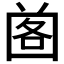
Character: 𡇷